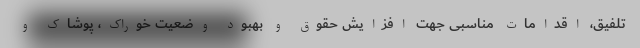
تلفیق، اقدامات مناسبی جهت افزایش حقوق و بهبود وضعیت خوراک، پوشاک و